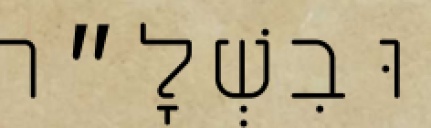
וּבִשְׁלָ״ה